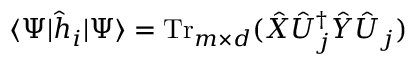
\langle \Psi | \hat { h } _ { i } | \Psi \rangle = \operatorname { T r } _ { m \times d } ( \hat { X } \hat { U } _ { j } ^ { \dag } \hat { Y } \hat { U } _ { j } )